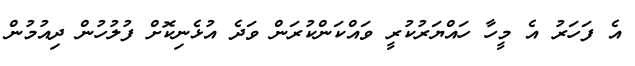
އެ ފަހަރު އެ މީހާ ހައްޔަރުކުރީ ވައްކަންކުރަން ވަދެ އުޅެނިކޮށް ފުލުހުން ދިއުމުން